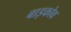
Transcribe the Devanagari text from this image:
बाइकोव